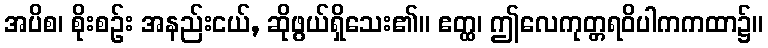
အပိစ၊ စိုးစဉ်း အနည်းငယ်, ဆိုဖွယ်ရှိသေး၏။ ဧတ္ထ၊ ဤလေကုတ္တရဝိပါကကထာ၌။